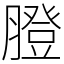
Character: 膯